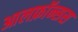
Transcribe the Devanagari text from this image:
आलफ़ॉन्सस